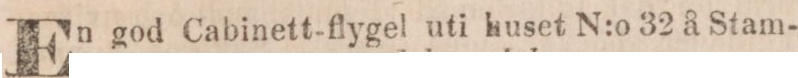
E god Cabinett-flygel uti huset N:o 32 å Stam-